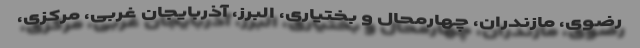
رضوی، مازندران، چهارمحال و بختیاری، البرز، آذربایجان غربی، مرکزی،